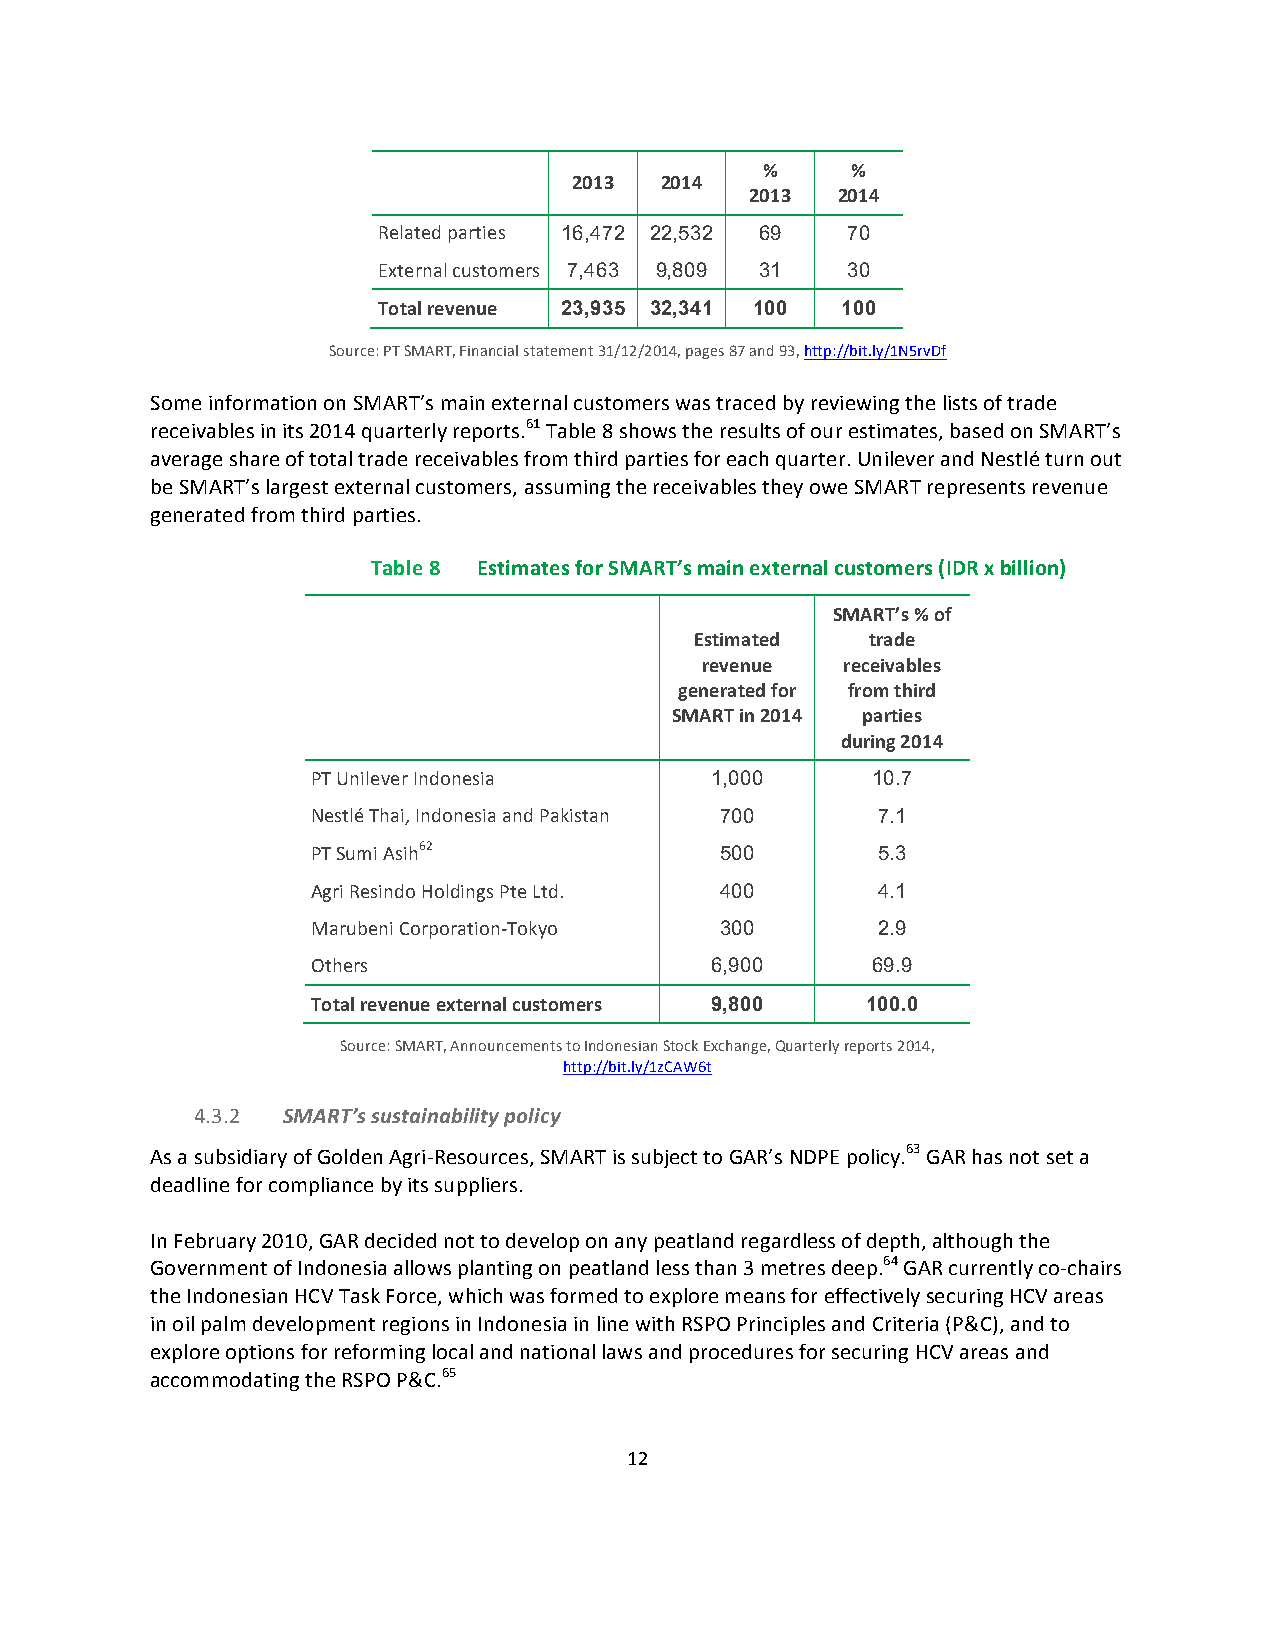
%     %
 2013  2014
 2013 2014
 Related parties 16,472 22,532 69 70
 External customers 7,463 9,809 31 30
 Total revenue 23,935 32,341 100 100
 Source: PT SMART, Financial statement 31/12/2014, pages 87 and 93, http://bit.ly/1N5rvDf
 Some information on SMART’s main external customers was traced by reviewing the lists of trade
 receivables in its 2014 quarterly reports.61 Table 8 shows the results of our estimates, based on SMART’s
 average share of total trade receivables from third parties for each quarter. Unilever and Nestlé turn out
 be SMART’s largest external customers, assuming the receivables they owe SMART represents revenue
 generated from third parties.
 Table 8 Estimates for SMART’s main external customers (IDR x billion)
 SMART’s % of
 Estimated   trade
 revenue   receivables
 generated for from third
 SMART in 2014 parties
 during 2014
 PT Unilever Indonesia     1,000      10.7
 Nestlé Thai, Indonesia and Pakistan 700 7.1
 PT Sumi Asih62             500       5.3
 Agri Resindo Holdings Pte Ltd. 400   4.1
 Marubeni Corporation-­‐Tokyo 300     2.9
 Others                    6,900      69.9
 Total revenue external customers 9,800 100.0
 Source: SMART, Announcements to Indonesian Stock Exchange, Quarterly reports 2014,
 http://bit.ly/1zCAW6t
 4.3.2 SMART’s sustainability policy
 As a subsidiary of Golden Agri-­‐Resources, SMART is subject to GAR’s NDPE policy.63 GAR has not set a
 deadline for compliance by its suppliers.
 In February 2010, GAR decided not to develop on any peatland regardless of depth, although the
 Government of Indonesia allows planting on peatland less than 3 metres deep.64 GAR currently co-­‐chairs
 the Indonesian HCV Task Force, which was formed to explore means for effectively securing HCV areas
 in oil palm development regions in Indonesia in line with RSPO Principles and Criteria (P&C), and to
 explore options for reforming local and national laws and procedures for securing HCV areas and
 accommodating the RSPO P&C.65
 12